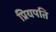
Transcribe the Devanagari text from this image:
प्रियपति